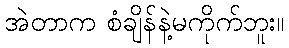
အဲတာက စံချိန်နဲ့မကိုက်ဘူး။